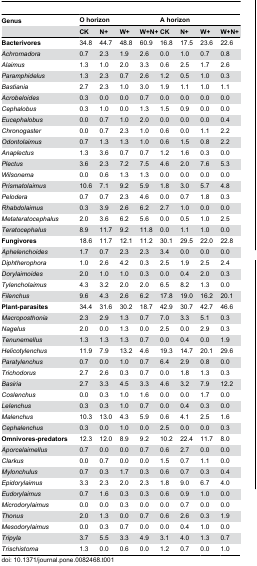
<table><thead><tr><td><b>Genus</b></td><td colspan="4"><b>O horizon</b></td><td colspan="4"><b>A horizon</b></td></tr><tr><td></td><td><b>CK</b></td><td><b>N+</b></td><td><b>W+</b></td><td><b>W+N+</b></td><td><b>CK</b></td><td><b>N+</b></td><td><b>W+</b></td><td><b>W+N+</b></td></tr></thead><tbody><tr><td><b>Bacterivores</b></td><td>34.8 </td><td>44.7 </td><td>48.8 </td><td>60.9 </td><td>16.8 </td><td>17.5 </td><td>23.6 </td><td>22.6 </td></tr><tr><td><i>Achromadora</i></td><td>0.7 </td><td>2.3 </td><td>1.9 </td><td>2.6 </td><td>0.0 </td><td>1.0 </td><td>0.7 </td><td>0.8 </td></tr><tr><td><i>Alaimus</i></td><td>1.3 </td><td>1.0 </td><td>2.0 </td><td>3.3 </td><td>0.6 </td><td>2.5 </td><td>1.7 </td><td>2.6 </td></tr><tr><td><i>Paramphidelus</i></td><td>1.3 </td><td>2.3 </td><td>0.7 </td><td>2.6 </td><td>1.2 </td><td>0.5 </td><td>1.0 </td><td>0.3 </td></tr><tr><td><i>Bastiania</i></td><td>2.7 </td><td>2.3 </td><td>1.0 </td><td>3.0 </td><td>1.9 </td><td>1.1 </td><td>1.0 </td><td>1.1 </td></tr><tr><td><i>Acrobeloides</i></td><td>0.3 </td><td>0.0 </td><td>0.0 </td><td>0.7 </td><td>0.0 </td><td>0.0 </td><td>0.0 </td><td>0.0 </td></tr><tr><td><i>Cephalobus</i></td><td>0.3 </td><td>1.0 </td><td>0.0 </td><td>1.3 </td><td>1.5 </td><td>0.9 </td><td>0.0 </td><td>0.0 </td></tr><tr><td><i>Eucephalobus</i></td><td>0.0 </td><td>0.7 </td><td>1.0 </td><td>2.0 </td><td>0.0 </td><td>0.0 </td><td>0.0 </td><td>0.4 </td></tr><tr><td><i>Chronogaster</i></td><td>0.0 </td><td>0.7 </td><td>2.3 </td><td>1.0 </td><td>0.6 </td><td>0.0 </td><td>1.1 </td><td>2.2 </td></tr><tr><td><i>Odontolaimus</i></td><td>0.7 </td><td>1.3 </td><td>1.3 </td><td>1.0 </td><td>0.6 </td><td>1.5 </td><td>0.8 </td><td>2.2 </td></tr><tr><td><i>Anaplectus</i></td><td>1.3 </td><td>3.6 </td><td>0.7 </td><td>0.7 </td><td>1.2 </td><td>1.6 </td><td>0.3 </td><td>0.0 </td></tr><tr><td><i>Plectus</i></td><td>3.6 </td><td>2.3 </td><td>7.2 </td><td>7.5 </td><td>4.6 </td><td>2.0 </td><td>7.6 </td><td>5.3 </td></tr><tr><td><i>Wilsonema</i></td><td>0.0 </td><td>0.6 </td><td>1.3 </td><td>1.3 </td><td>0.0 </td><td>0.0 </td><td>0.0 </td><td>0.0 </td></tr><tr><td><i>Prismatolaimus</i></td><td>10.6 </td><td>7.1 </td><td>9.2 </td><td>5.9 </td><td>1.8 </td><td>3.0 </td><td>5.7 </td><td>4.8 </td></tr><tr><td><i>Pelodera</i></td><td>0.7 </td><td>0.7 </td><td>2.3 </td><td>4.6 </td><td>0.0 </td><td>0.7 </td><td>1.8 </td><td>0.3 </td></tr><tr><td><i>Rhabdolaimus</i></td><td>0.3 </td><td>3.9 </td><td>2.6 </td><td>6.2 </td><td>2.7 </td><td>1.0 </td><td>0.0 </td><td>0.0 </td></tr><tr><td><i>Metateratocephalus</i></td><td>2.0 </td><td>3.6 </td><td>6.2 </td><td>5.6 </td><td>0.0 </td><td>0.5 </td><td>1.0 </td><td>2.5 </td></tr><tr><td><i>Teratocephalus</i></td><td>8.9 </td><td>11.7 </td><td>9.2 </td><td>11.8 </td><td>0.0 </td><td>1.1 </td><td>1.0 </td><td>0.0 </td></tr><tr><td><b>Fungivores</b></td><td>18.6 </td><td>11.7 </td><td>12.1 </td><td>11.2 </td><td>30.1 </td><td>29.5 </td><td>22.0 </td><td>22.8 </td></tr><tr><td><i>Aphelenchoides</i></td><td>1.7 </td><td>0.7 </td><td>2.3 </td><td>2.3 </td><td>3.4 </td><td>0.0 </td><td>0.0 </td><td>0.0 </td></tr><tr><td><i>Diphtherophora</i></td><td>1.0 </td><td>2.6 </td><td>4.2 </td><td>0.3 </td><td>2.5 </td><td>1.9 </td><td>2.5 </td><td>2.4 </td></tr><tr><td><i>Dorylaimoides</i></td><td>2.0 </td><td>1.0 </td><td>1.0 </td><td>0.3 </td><td>0.0 </td><td>0.4 </td><td>2.0 </td><td>0.3 </td></tr><tr><td><i>Tylencholaimus</i></td><td>4.3 </td><td>3.2 </td><td>2.0 </td><td>2.0 </td><td>6.5 </td><td>8.2 </td><td>1.3 </td><td>0.0 </td></tr><tr><td><i>Filenchus</i></td><td>9.6 </td><td>4.3 </td><td>2.6 </td><td>6.2 </td><td>17.8 </td><td>19.0 </td><td>16.2 </td><td>20.1 </td></tr><tr><td><b>Plant-parasites</b></td><td>34.4 </td><td>31.6 </td><td>30.2 </td><td>18.7 </td><td>42.9 </td><td>30.7 </td><td>42.7 </td><td>46.6 </td></tr><tr><td><i>Macroposthonia</i></td><td>2.3 </td><td>2.9 </td><td>1.3 </td><td>0.7 </td><td>7.0 </td><td>3.3 </td><td>5.1 </td><td>0.3 </td></tr><tr><td><i>Nagelus</i></td><td>2.0 </td><td>0.0 </td><td>1.3 </td><td>0.0 </td><td>2.5 </td><td>0.0 </td><td>2.9 </td><td>0.3 </td></tr><tr><td><i>Tenunemellus</i></td><td>1.3 </td><td>1.3 </td><td>1.3 </td><td>0.7 </td><td>0.0 </td><td>0.4 </td><td>0.0 </td><td>1.9 </td></tr><tr><td><i>Helicotylenchus</i></td><td>11.9 </td><td>7.9 </td><td>13.2 </td><td>4.6 </td><td>19.3 </td><td>14.7 </td><td>20.1 </td><td>29.6 </td></tr><tr><td><i>Paratylenchus</i></td><td>0.7 </td><td>0.0 </td><td>1.0 </td><td>0.7 </td><td>6.4 </td><td>2.9 </td><td>0.8 </td><td>0.0 </td></tr><tr><td><i>Trichodorus</i></td><td>2.7 </td><td>2.6 </td><td>0.3 </td><td>0.7 </td><td>0.0 </td><td>1.8 </td><td>1.3 </td><td>0.3 </td></tr><tr><td><i>Basiria</i></td><td>2.7 </td><td>3.3 </td><td>4.5 </td><td>3.3 </td><td>4.6 </td><td>3.2 </td><td>7.9 </td><td>12.2 </td></tr><tr><td><i>Coslenchus</i></td><td>0.0 </td><td>0.3 </td><td>1.0 </td><td>1.6 </td><td>0.0 </td><td>0.0 </td><td>1.7 </td><td>0.0 </td></tr><tr><td><i>Lelenchus</i></td><td>0.3 </td><td>0.3 </td><td>1.0 </td><td>0.7 </td><td>0.0 </td><td>0.4 </td><td>0.3 </td><td>0.0 </td></tr><tr><td><i>Malenchus</i></td><td>10.3 </td><td>13.0 </td><td>4.3 </td><td>5.9 </td><td>0.6 </td><td>4.1 </td><td>2.5 </td><td>1.6 </td></tr><tr><td><i>Cephalenchus</i></td><td>0.3 </td><td>0.0 </td><td>1.0 </td><td>0.0 </td><td>2.5 </td><td>0.0 </td><td>0.0 </td><td>0.3 </td></tr><tr><td><b>Omnivores-predators</b></td><td>12.3 </td><td>12.0 </td><td>8.9 </td><td>9.2 </td><td>10.2 </td><td>22.4 </td><td>11.7 </td><td>8.0 </td></tr><tr><td><i>Aporcelaimellus</i></td><td>0.7 </td><td>0.0 </td><td>0.0 </td><td>0.7 </td><td>0.6 </td><td>2.7 </td><td>0.0 </td><td>0.0 </td></tr><tr><td><i>Clarkus</i></td><td>0.0 </td><td>0.7 </td><td>0.0 </td><td>0.0 </td><td>1.5 </td><td>0.7 </td><td>1.1 </td><td>0.0 </td></tr><tr><td><i>Mylonchulus</i></td><td>0.7 </td><td>0.3 </td><td>1.7 </td><td>0.3 </td><td>0.6 </td><td>0.7 </td><td>0.3 </td><td>0.4 </td></tr><tr><td><i>Epidorylaimus</i></td><td>3.3 </td><td>2.3 </td><td>2.0 </td><td>2.3 </td><td>1.8 </td><td>9.0 </td><td>6.7 </td><td>4.0 </td></tr><tr><td><i>Eudorylaimus</i></td><td>0.7 </td><td>1.6 </td><td>0.3 </td><td>0.3 </td><td>0.6 </td><td>0.9 </td><td>1.0 </td><td>0.0 </td></tr><tr><td><i>Microdorylaimus</i></td><td>0.0 </td><td>0.0 </td><td>0.3 </td><td>0.0 </td><td>0.0 </td><td>0.7 </td><td>0.0 </td><td>0.0 </td></tr><tr><td><i>Thonus</i></td><td>2.0 </td><td>1.3 </td><td>0.0 </td><td>0.7 </td><td>0.6 </td><td>2.6 </td><td>0.3 </td><td>1.9 </td></tr><tr><td><i>Mesodorylaimus</i></td><td>0.0 </td><td>0.3 </td><td>0.7 </td><td>0.0 </td><td>0.0 </td><td>0.4 </td><td>1.0 </td><td>0.0 </td></tr><tr><td><i>Tripyla</i></td><td>3.7 </td><td>5.5 </td><td>3.3 </td><td>4.9 </td><td>3.1 </td><td>4.0 </td><td>1.3 </td><td>0.7 </td></tr><tr><td><i>Trischistoma</i></td><td>1.3 </td><td>0.0 </td><td>0.6 </td><td>0.0 </td><td>1.2 </td><td>0.7 </td><td>0.0 </td><td>1.0 </td></tr></tbody></table>